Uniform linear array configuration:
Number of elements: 4
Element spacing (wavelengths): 0.5
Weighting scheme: cosine
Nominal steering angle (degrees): -60
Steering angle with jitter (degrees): -59.49
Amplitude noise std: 0.05
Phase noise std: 0.05

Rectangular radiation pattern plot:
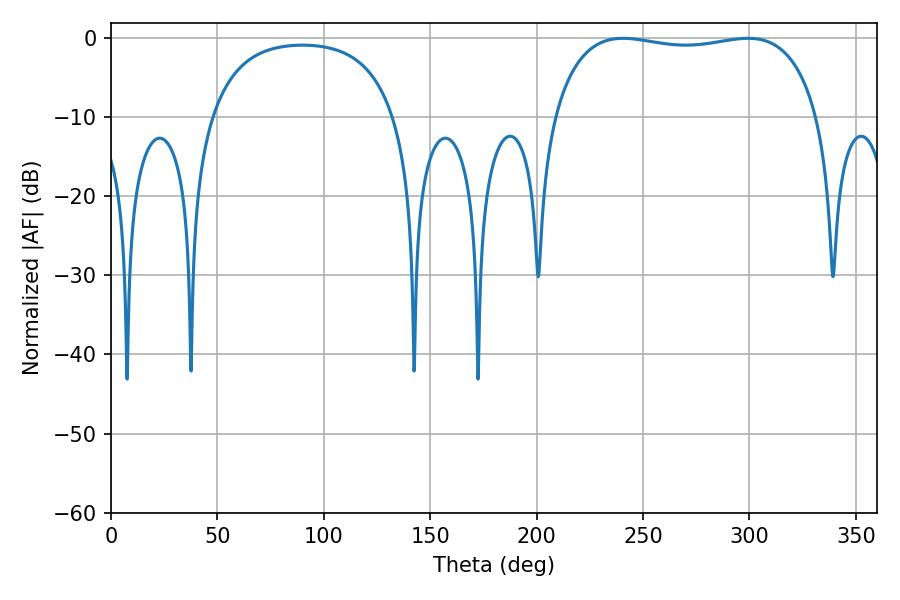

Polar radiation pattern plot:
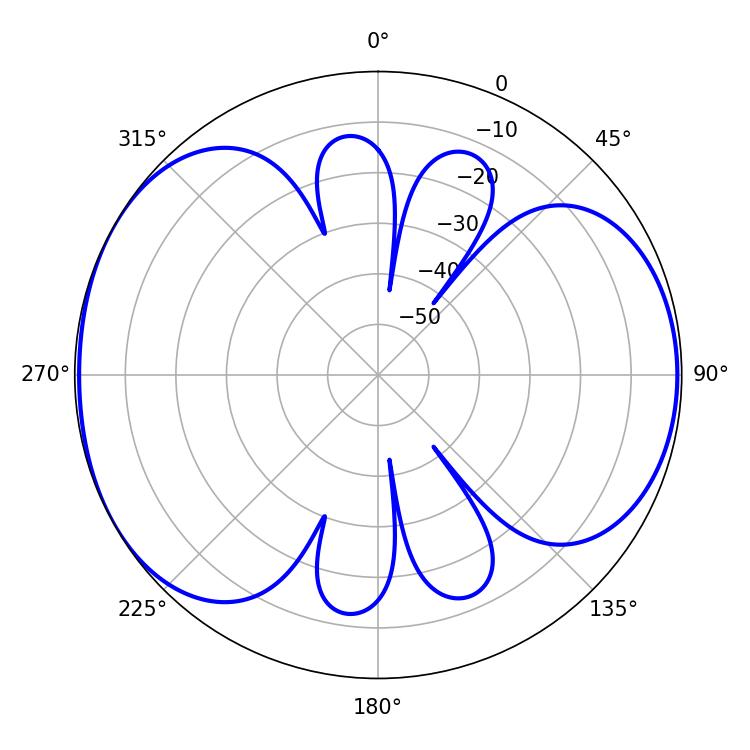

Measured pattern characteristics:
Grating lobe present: FALSE
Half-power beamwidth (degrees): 100.44
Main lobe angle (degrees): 240.66